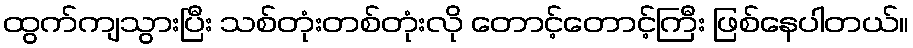
ထွက်ကျသွားပြီး သစ်တုံးတစ်တုံးလို တောင့်တောင့်ကြီး ဖြစ်နေပါတယ်။